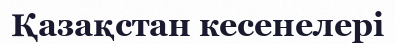
Қазақстан кесенелері